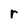
Character: r